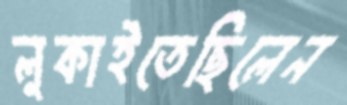
লুকাইতেছিলেন